Leaving Certificate Examination (including Day School Certificate (Higher) General paper), 1934
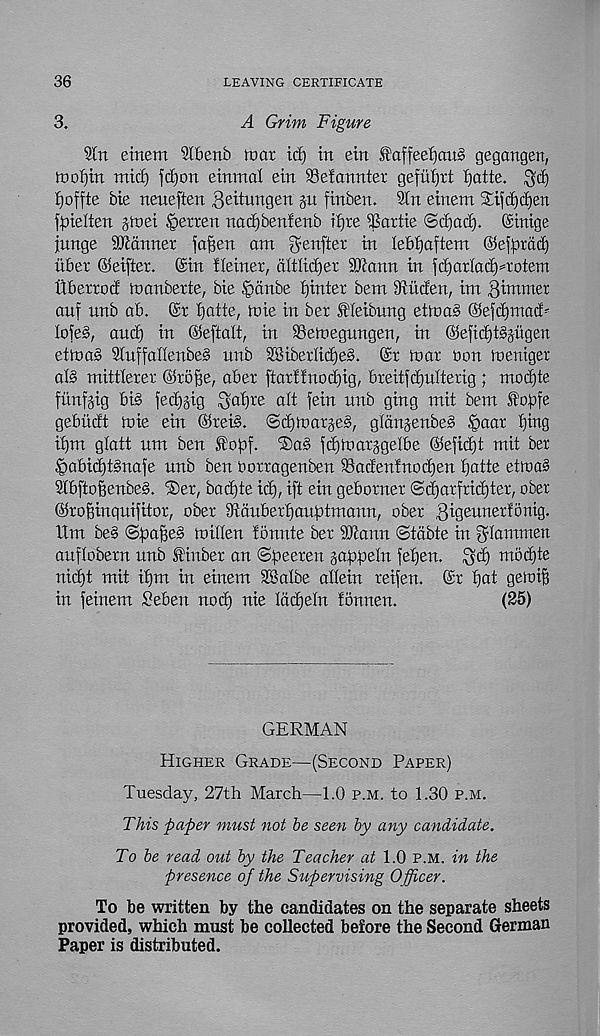
36
LEAVING CERTIFICATE
3.
A Grim Figure
9In eittem Slbenb mar id) in ein ^affeef)an§ gegangen,
lT)oi)in mid) fd)on einmal ein SSefannter gefuljrt ijatte. ^d)
fjoffte bie neueften ^eitungen gu finben. Stn einem Sifd)d)en
fpielten gmei §erren nadjbenienb ifjre ijSartie @d)ad). ©inige
junge banner fa^en am $enfter m lebijaftem ©efrrdd)
iiber ©eifter. ©in fleiner, dltlidjer 50?ann in fd)arIad)=rotem
iiberrod manberte, bie §dnbe fjinter bem Siiiden, im gimmer
anf nnb ab. ©r batte, mie in ber .fifeibung etma§ ©eftbrnad-
loieb, and) in ©eftalt, in SSemegungen, in ©efidjtbgiigeit
etma§ StuffalienbeS nnb 2SiberIid)eb. ©r mar non meniger
al3 mittlerer ©robe, aber ftarf!nod)ig, breitfd)niterig ; mod)te
fiinfjig bib fedjjig $at)re alt fein nnb ging mit bem ftobfe
gebiidt mie ein ©reib. @d)mar§e§, gldnjenbeb §aar btng
if)m glatt nm ben IDobf. ®a§ fdjmarsgelbe ©eficbt mit ber
ipabid)tbnafe nnb ben Oorragenben 93acfentnod)en bntte etmab
Slbftobenbes. %tx, bacbte id), ift ein geborner ©d)arfrid)tcr, ober
©rogingnifitor, ober iRdnberbanptmann, ober 3i-gennerf5rtig.
Hm bes ©babeb millen tbnnte ber SJtann ©tcibte in $Iammen
anflobern nnb f inber an ©peeren jabbein fet)en. ^d) rnod)te
nid)t mit il)m in einem 2BaIbe allein reifen. ©r bat gemif)
in feinem Hebert nocb nie Idcbeln tonnen.
(25)
GERMAN
Higher Grade—(Second Paper)
Tuesday, 27th March—1.0 p.m. to 1.30 p.m.
This paper must not be seen by any candidate.
To be read out by the Teacher at 1.0 p.m. in the
presence of the Supervising Officer.
To be written by the candidates on the separate sheets
provided, which must be collected before the Second German
Paper is distributed.